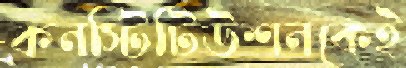
কনস্টিটিউশনকেই